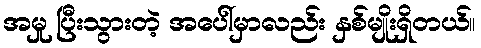
အမှု ပြီးသွားတဲ့ အပေါ်မှာလည်း နှစ်မျိုးရှိတယ်။